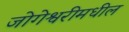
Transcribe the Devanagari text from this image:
जोगेश्वरीमधील